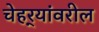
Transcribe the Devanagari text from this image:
चेहर्‍यांवरील